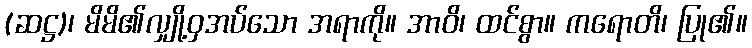
(ဆဋ္ဌ)၊ မိမိ၏လျှို့ဝှအပ်သော အရာကို။ အာဝိ၊ ထင်စွာ။ ကရောတိ၊ ပြု၏။